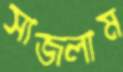
সাজলাম